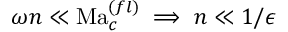
\omega n \ll \mathrm { M a } _ { c } ^ { ( f l ) } \implies n \ll 1 / { \epsilon }